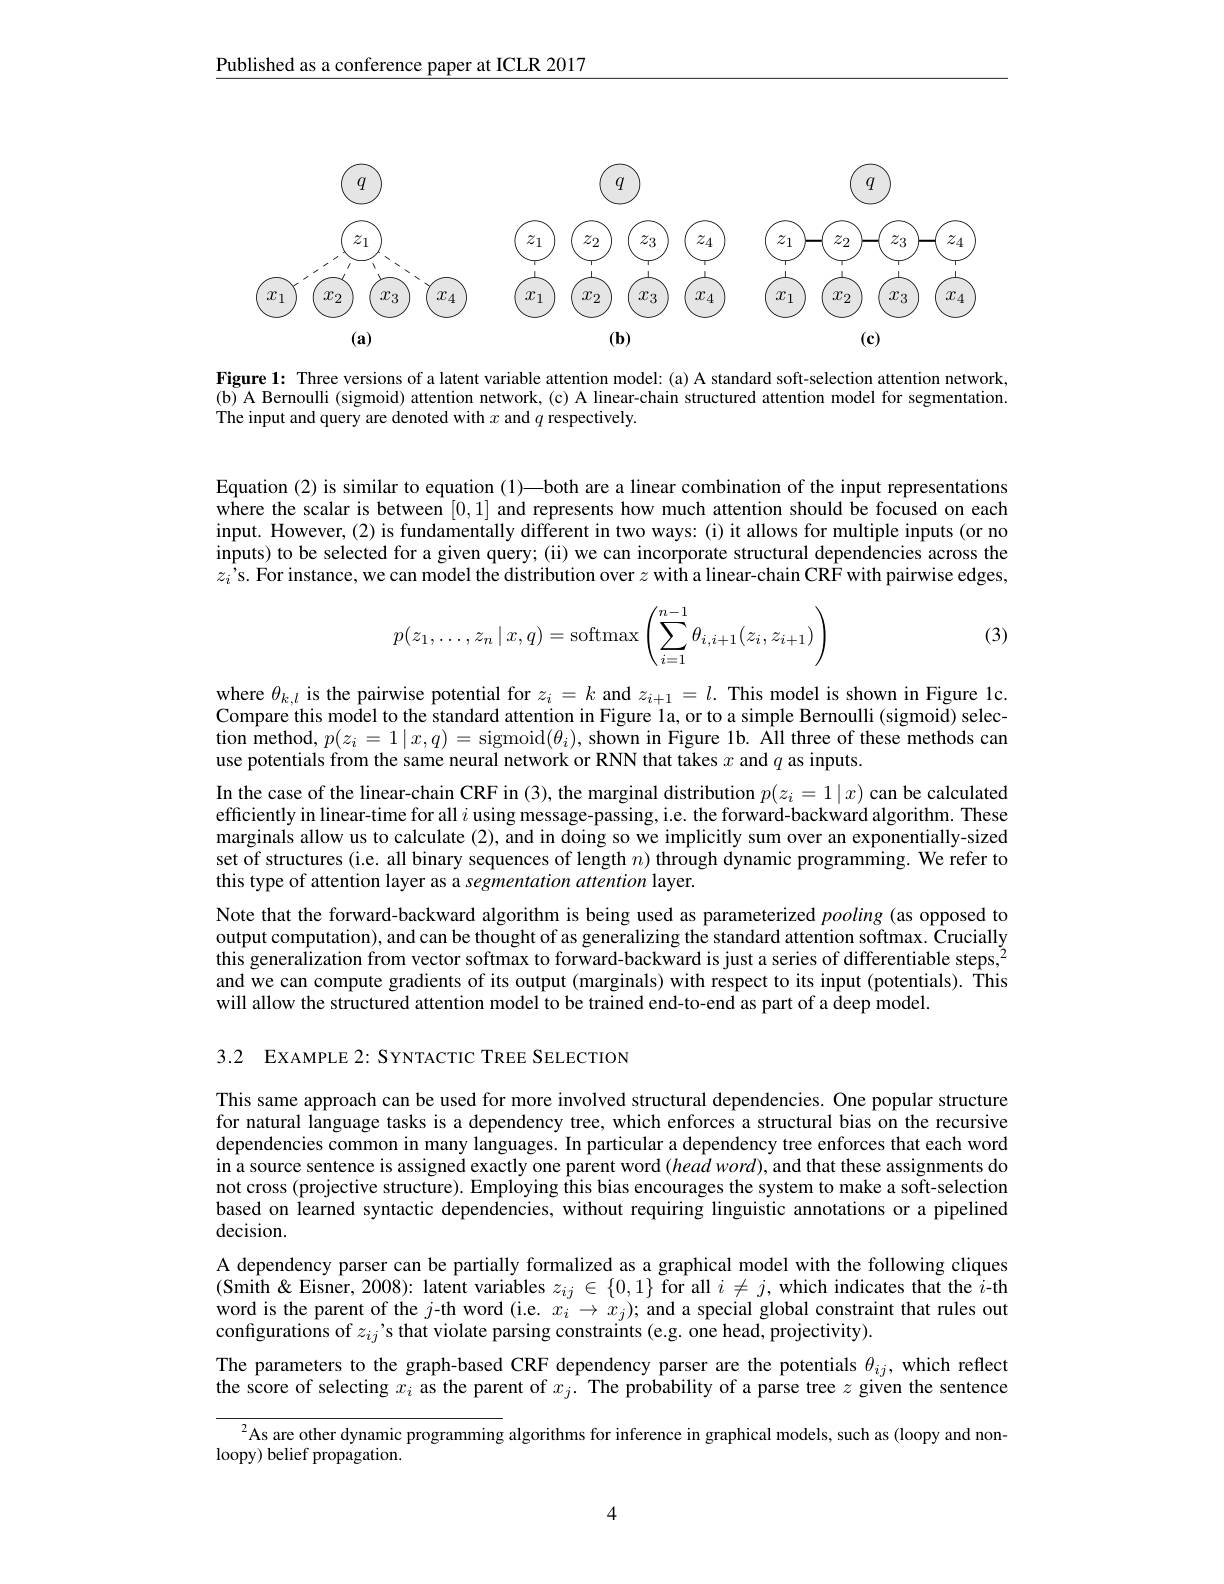
Published as a conference paper at ICLR 2017

<FigureHere>

Figure 1: Three versions of a latent variable attention model: (a) A standard soft-selection attention network, (b) A Bernoulli (sigmoid) attention network, (c) A linear-chain structured attention model for segmentation. The input and query are denoted with $x$ and $q$ respectively

Equation (2) is similar to equation (1)—both are a linear combination of the input representations where the scalar is between [0,1] and represents how much attention should be focused on each input. However, (2) is fundamentally different in two ways: (i) it allows for multiple inputs (or no inputs) to be selected for a given query; (ii) we can incorporate structural dependencies across the $z_i’$s. For instance, we can model the distribution over $z$ with a linear- chain CRF with pairwise edges,

(3)
$$p(z_1,\dots,z_n\:|\:x,q)=\text{softmax}\left(\sum_{i=1}^{n-1}\theta_{i,i+1}(z_i,z_{i+1})\right)$$
where $\theta_{k,l}$ is the pairwise potential for $z_i=k$ and $z_{i+1}=l.$ This model is shown in Figure lc. Compare this model to the standard attention in Figure la, or to a simple Bernoulli (sigmoid) selection method, $p(z_i=1\mid x,q)=$sigmoid$(\theta_i)$, shown in Figure 1b. All three of these methods can use potentials from the same neural network or RNN that takes $x$ and $q$ as inputs.
In the case of the linear-chain CRF in (3), the marginal distribution $p(z_i=1|x)$ can be calculated efficiently in linear-time for all $i$ using message-passing, i.e. the forward-backward algorithm. These marginals allow us to calculate (2), and in doing so we implicitly sum over an exponentially-sized set of structures (i.e. all binary sequences of length $n)$ through dynamic programming. We refer to this type of attention layer as a segmentation attention layer.
Note that the forward-backward algorithm is being used as parameterized pooling (as opposed to output computation), and can be thought of as generalizing the standard attention softmax. Crucially this generalization from vector softmax to forward-backward is just a series of differentiable steps,$^2$ and we can compute gradients of its output (marginals) with respect to its input (potentials). Îhis will allow the structured attention model to be trained end-to-end as part of a deep model.

3.2 EXAMPLE 2: SYNTACTIC TREE SELECTION

This same approach can be used for more involved structural dependencies. One popular structure for natural language tasks is a dependency tree, which enforces a structural bias on the recursive dependencies common in many languages. In particular a dependency tree enforces that each word in a source sentence is assigned exactly one parent word $(headword)$, and that these assignments do not cross (projective structure). Employing this bias encourages the system to make a soft-selection based on learned syntactic dependencies, without requiring linguistic annotations or a pipelined decision.
A dependency parser can be partially formalized as a graphical model with the following cliques (Smith&Eisner,2008): latent variables $z_ij\in\{0,1\}$ for all $i\neq j$,which indicates that the $i$-th word is the parent of the $j$-th word (i.e. $x_i\to x_j);$ and a special global constraint that rules out configurations of $z_{ij}$'s that violate parsing constraints (e.g. one head, projectivity).
The parameters to the graph-based CRF dependency parser are the potentials $\theta_ij$, which reflect the score of selecting $x_i$ as the parent of $x_j.$ The probability of a parse tree $z$ given the sentence
$^{2}$As are other dynamic programming algorithms for inference in graphical models, such as (loopy and non-
loopy) belief propagation.